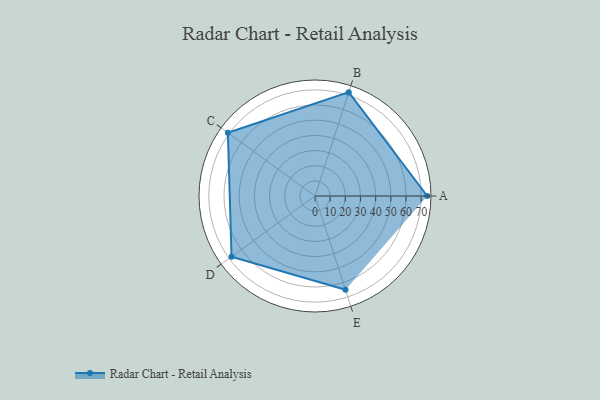
{"axis": {"x": "Skill", "y": "Score"}, "legend": ["Profile"], "data": [{"x": "A", "y": 74.0, "type": "Profile"}, {"x": "B", "y": 72.0, "type": "Profile"}, {"x": "C", "y": 71.0, "type": "Profile"}, {"x": "D", "y": 68.0, "type": "Profile"}, {"x": "E", "y": 65.0, "type": "Profile"}]}